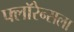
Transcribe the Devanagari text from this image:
फ्लॉरेन्सला